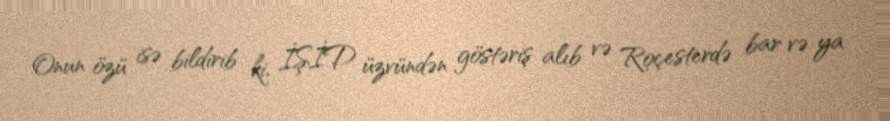
Onun özü isə bildirib ki, İŞİD üzvündən göstəriş alıb və Roçesterdə bar və ya